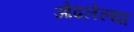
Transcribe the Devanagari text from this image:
ओढलेल्या